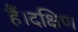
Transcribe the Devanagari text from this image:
हैं।दक्षिण